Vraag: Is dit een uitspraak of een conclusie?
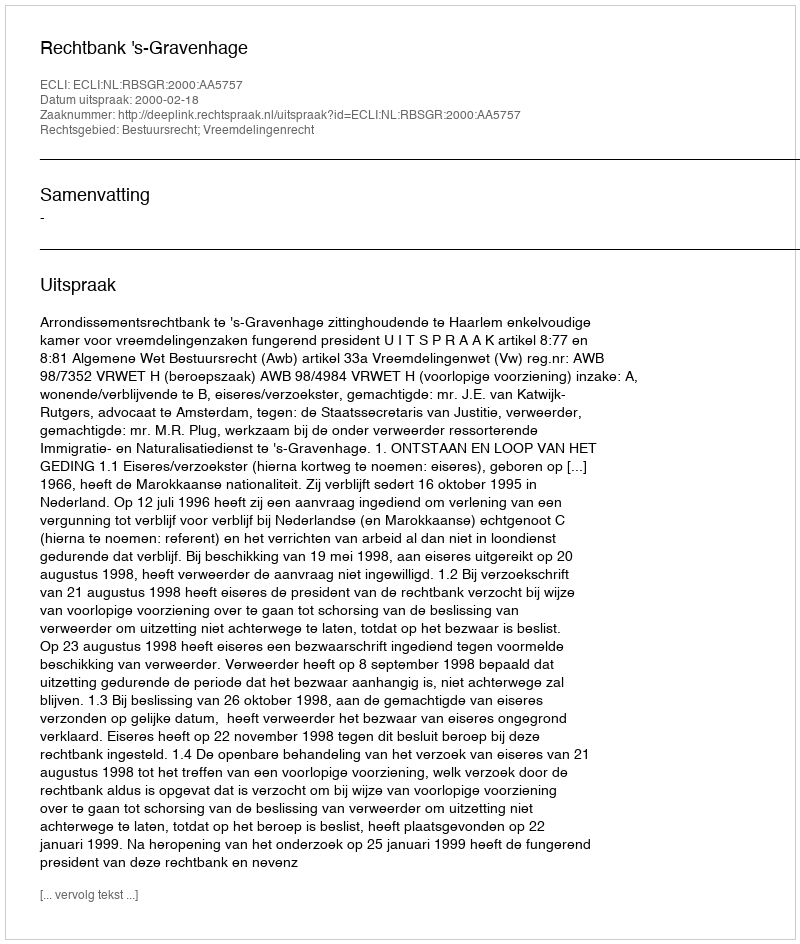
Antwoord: Uitspraak